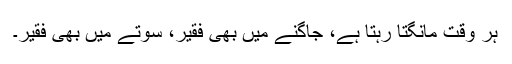
ہر وقت مانگتا رہتا ہے، جاگنے میں بھی فقیر، سوتے میں بھی فقیر۔